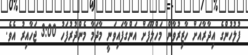
ފުލުހުންގެ އިދާރާއަށް ހާޒިރުވާން މަަހްލޫފަށް އަންގާފައިވަނީ މާދަމާ މެންދުރުފަހު 3:00 ޖަހާއިރު އެވެ.